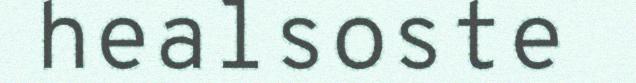
healsoste